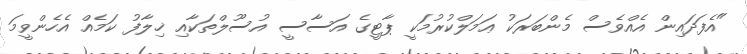
"އެފަދައިން އެއްވެސް މެންބަރަކު ޢަމަލްކުރުމަކީ ޕާޓީގެ އަސާސީ އުސޫލްތަކާއި ޚިލާފު ކަމެއް އެހެންވީމަ